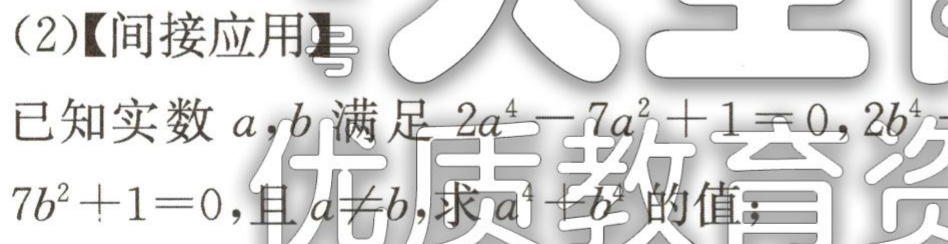
(2)【间接应用】
已知实数 \(a,b\) 满足 \(2a^{4}-7a^{2}+1 = 0,2b^{4}-7b^{2}+1 = 0\)，且 \(a\neq b\)，求 \(a^{4}+b^{4}\) 的值；